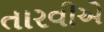
તારવીએ